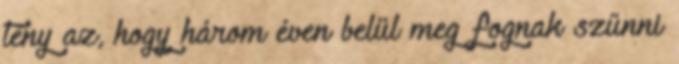
tény az, hogy három éven belül meg fognak szűnni